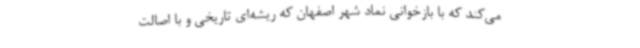
می‌کند که با بازخوانی نماد شهر اصفهان که ریشه‌ای تاریخی و با اصالت